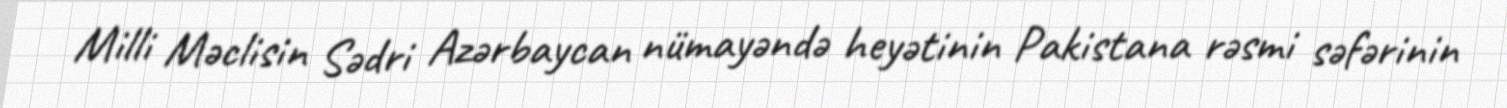
Milli Məclisin Sədri Azərbaycan nümayəndə heyətinin Pakistana rəsmi səfərinin